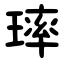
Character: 㻭